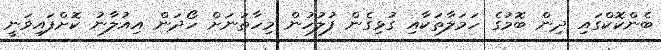
ބެންކޮކްގައި ދިން ބޮމުގެ ހަމަލާތަކާއި ގުޅިގެން ފުލުހުން މިހާތަނަށް ހޯދަން އިއުލާނު ކޮށްފައިވަނީ